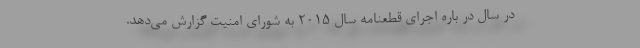
در سال در باره اجرای قطعنامه سال 2015 به شورای امنیت گزارش می‌دهد.